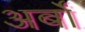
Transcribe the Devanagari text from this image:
अर्बों